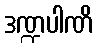
ဒဏ္ဍပါဏိ